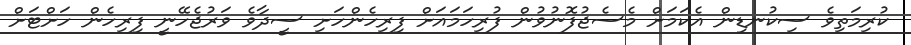
ކުރިމަތިވެ ސިކުނޑިން އެކަމަށް މެސެޖުފޮނުވުން ފުރިހަމައަށް ފިރިހެންހަށި ސީދާވެ ވަރުޖެހޭނީ ފިރިހެން ހަށްޓަށް